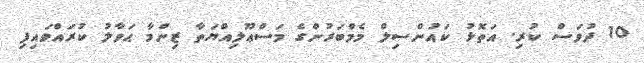
10 ދުވަސް ކުރި. އަތޮޅު ކައުންސިލް މެމްބަރުންގެ މަސްޢޫލިއްޔަތާ ޒިންމާ ޙަވާލު ކުރައްވައިފި